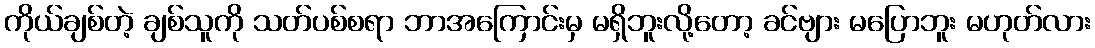
ကိုယ်ချစ်တဲ့ ချစ်သူကို သတ်ပစ်စရာ ဘာအကြောင်းမှ မရှိဘူးလို့တော့ ခင်ဗျား မပြောဘူး မဟုတ်လား